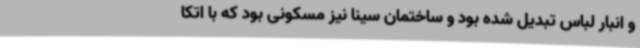
و انبار لباس تبدیل شده بود و ساختمان سینا نیز مسکونی بود که با اتکا